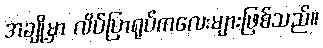
အချို့မှာ လိပ်ပြာရုပ်ကလေးများဖြစ်သည်။